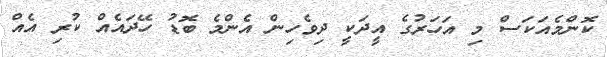
ކޮންމެއަކަސް މި އަހަރުގެ އީދަކީ ދިވެހިން އެންމެ ބޮޑު ހޭދައެއް ކުރި އެއް